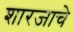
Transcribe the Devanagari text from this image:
शारजाचे